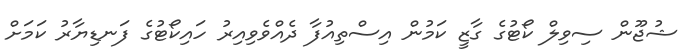
ޝުޖޫން ސިވިލް ކޯޓުގެ ގާޒީ ކަމުން އިސްތިއުފާ ދެއްވެވިއިރު ހައިކޯޓުގެ ފަނޑިޔާރު ކަމަށް